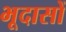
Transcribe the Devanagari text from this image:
भूदासों